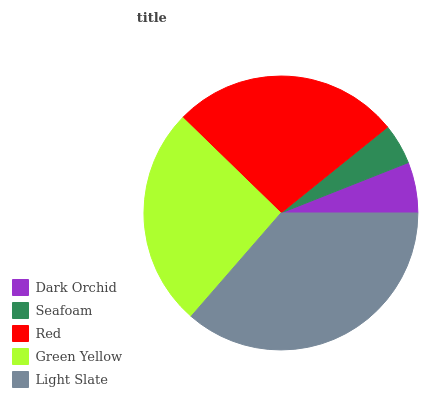
| Dark Orchid | Seafoam | Red | Green Yellow | Light Slate |
 | --- | --- | --- | --- | --- |
 | 6% | 4.79% | 26.9% | 25.9% | 36.4% |